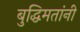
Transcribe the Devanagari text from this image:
बुद्धिमतांनी